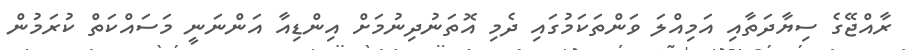
ރާއްޖޭގެ ސިޔާދަތާއި އަމިއްލަ ވަންތަކަމުގައި ދެމި އޮތަނުދިނުމަށް އިންޑިއާ އަންނަނީ މަސައްކަތް ކުރަމުން